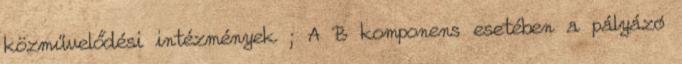
közművelődési intézmények ; A B komponens esetében a pályázó